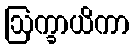
ဩက္ခာယိကာ